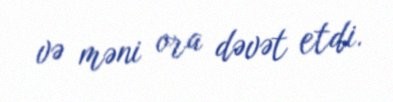
və məni ora dəvət etdi.